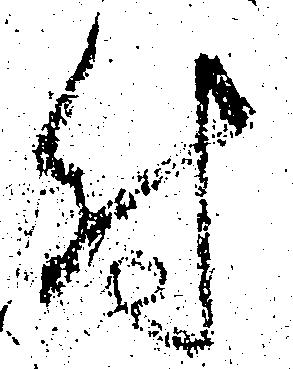
付